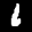
Label: 6